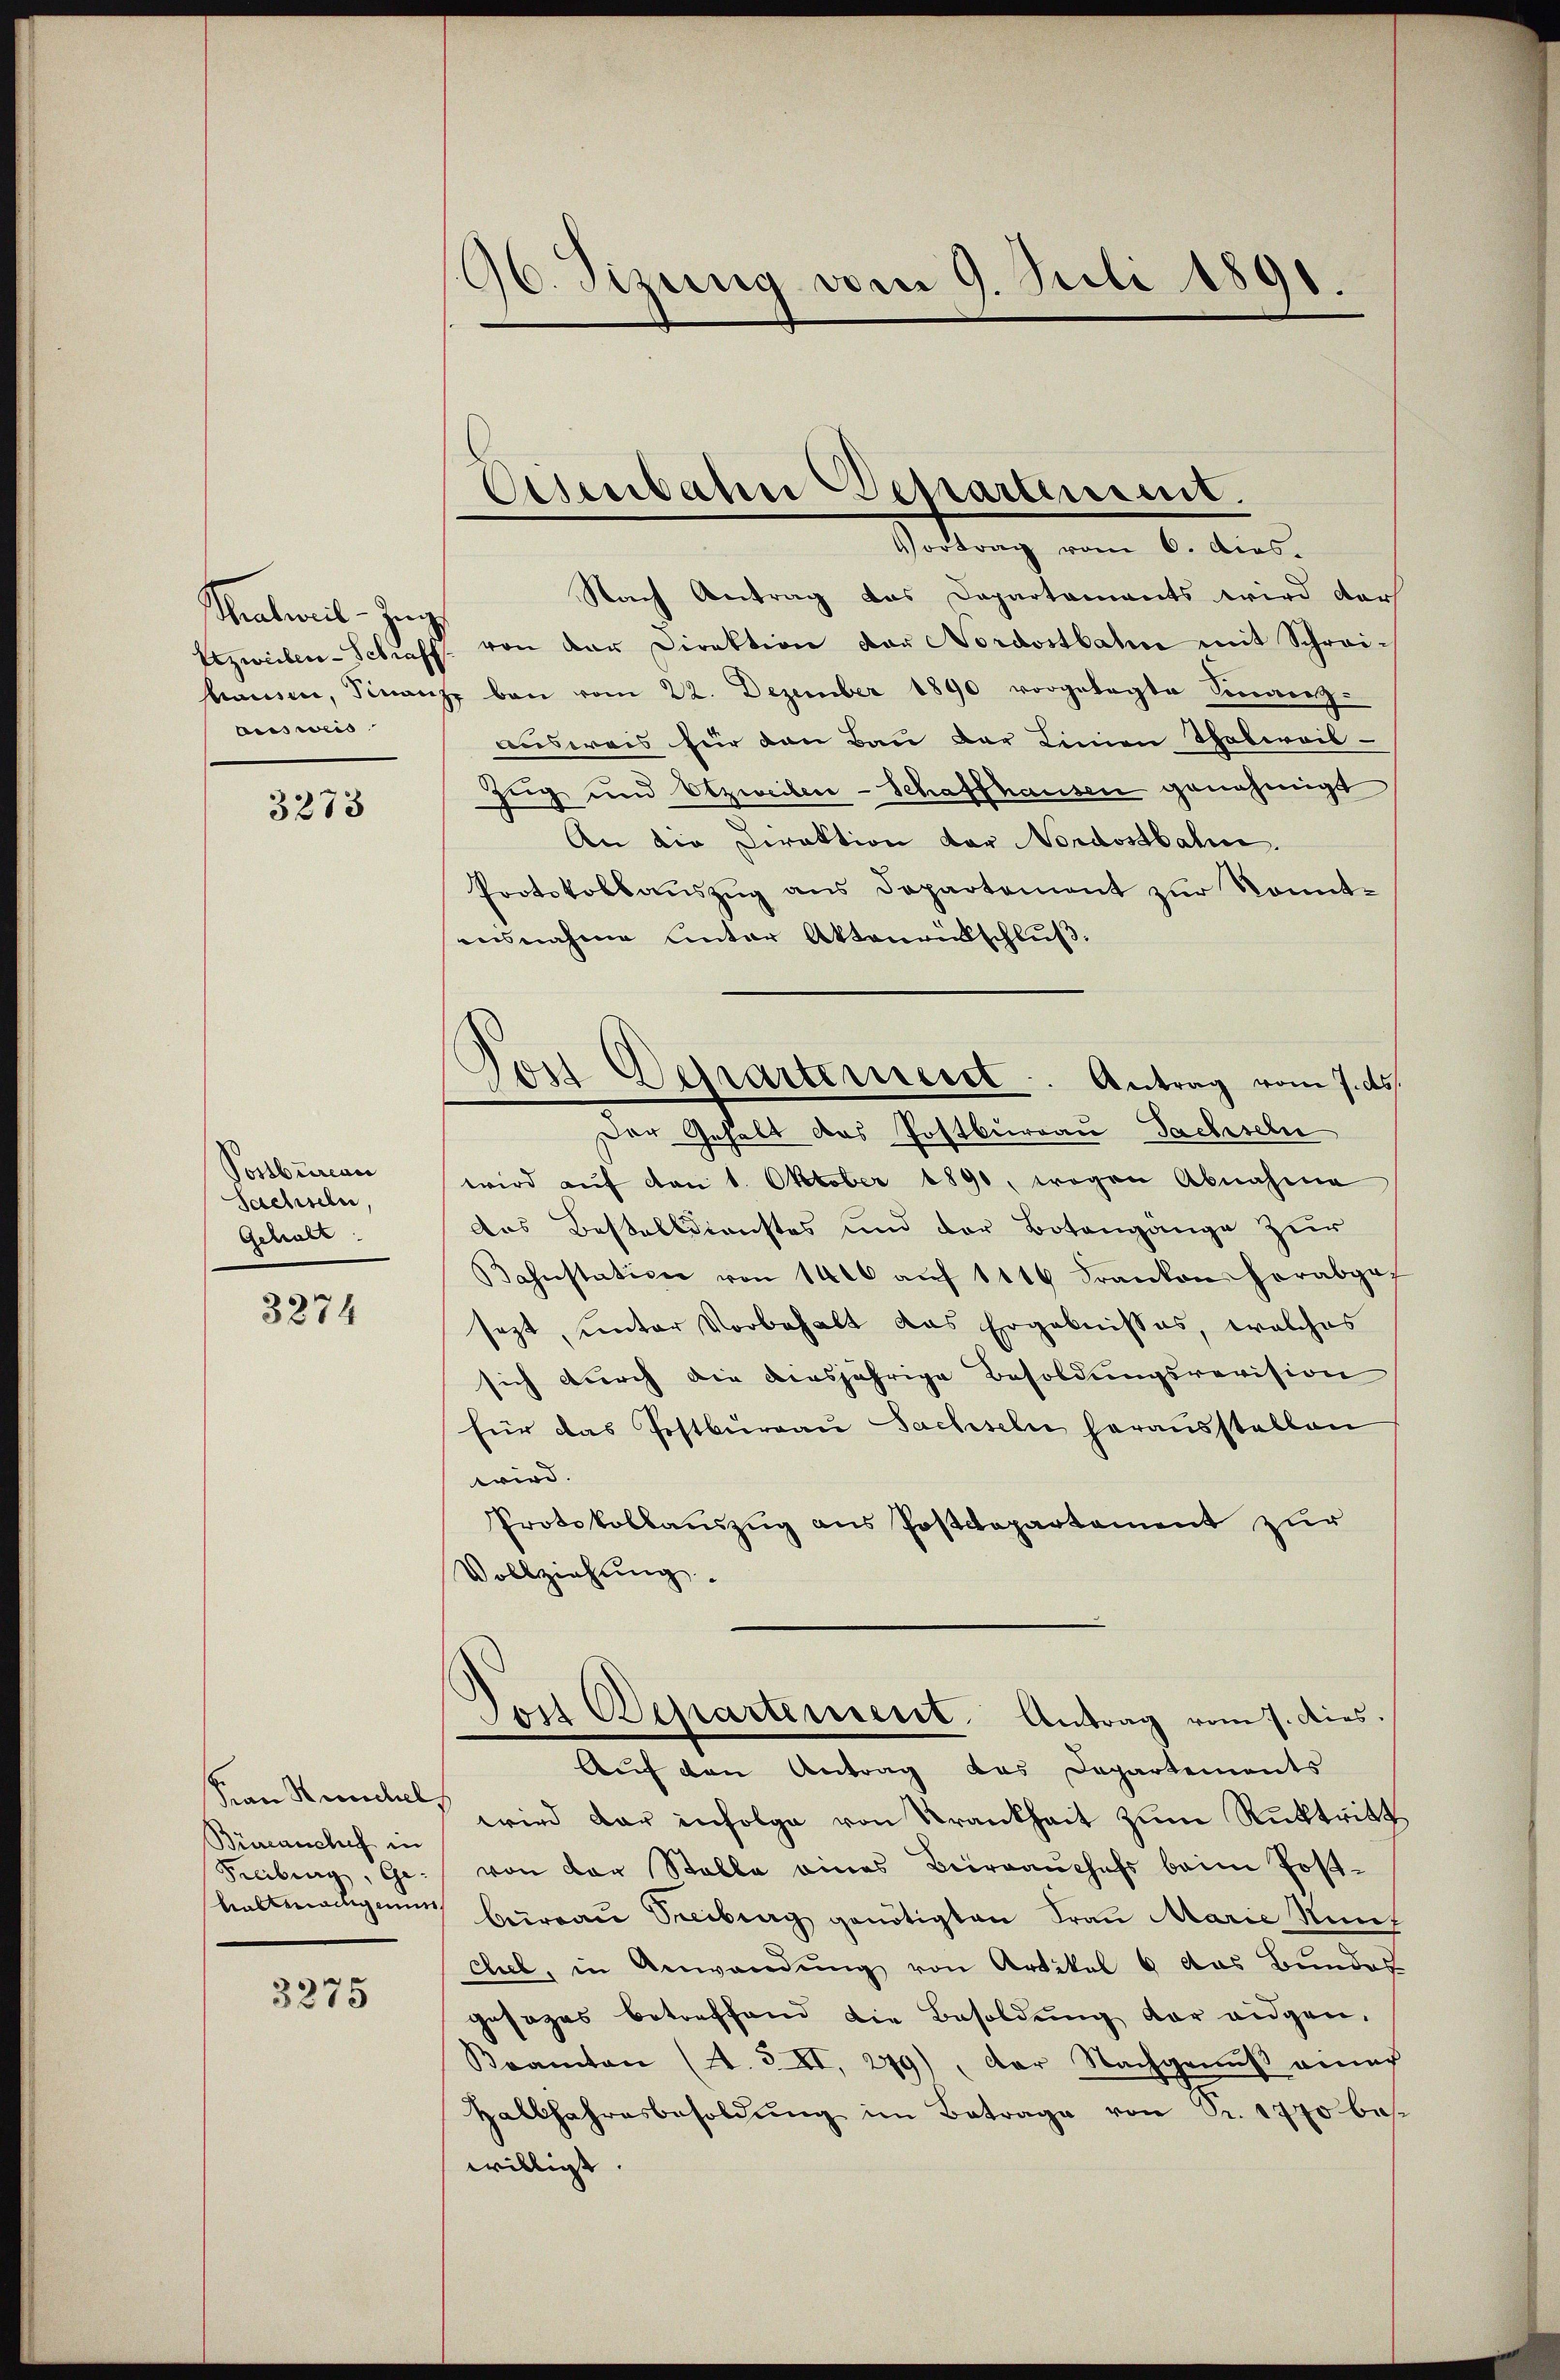
Tralwil-Zug
ausweis

3273

Postbureau
Sachsehe,
Gehalt:

3274

Frau Stundel
Büreauchet in
Freiburg, Ge
babtmaligen

3275

96. Sizung vom 9. Juli 1890.

Nach Antrag das Departements wird der
Lizweilen-Schraff von der Direktion der Nordostbahn mit Schrei-
hausen, Finanze bei vom 22. Dezember 1890 vorgelegte Sinanz-
ausweis für den Bau der Linien Thalereis-
Zug und Etzweiten-Schaffhausen genehmigt
An die Direktion der Nordostbahne.
Protokollauszug aus Departement zur konntausnahme Unter Aktenrütschluß:
Der Gehalt das Postburgau Sachseln
wird aŭf den 1. Oktober 1890, wogen Abnahme
das Bestelldienstes und der Botengänge zur
Bahnstation von 1400 aŭf 1116 Frankon herabgef
sezt, unter Vorbehalt das Ergebnisses, welches
sich durch die diesjährige Besoldungsrevision
für das Postbureau Sachseln herausstellen
wird.
Protokollauszug aus Postdepartement zur
Vollziehung.
Dois Departement. Antrag vom 7. dies.
Auf den Antrag das Departements
wird dar infolge von Krankheit zŭm Rücktritt
von der Stalle eines Birrauchefs beim Postbureau Treiberg genötigten Frau Marie Nut
chel, in Anwendung von Artikel 6 das Bundes
gesages betreffend die Besoldung der eidgen.
Bramten (A.3 XI, 279), der Nachgenuß einer
Halbjahresbesoldŭng im Betrage von Sr. 1770 bes
willigt.

Osenbahn Departement.
Vortrag vom 6. dies.

.
Dort Departerreist. Antrag vom 7. ds.